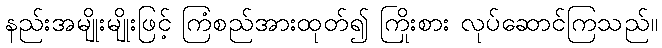
နည်းအမျိုးမျိုးဖြင့် ကြံစည်အားထုတ်၍ ကြိုးစား လုပ်ဆောင်ကြသည်။